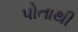
પોતાથી